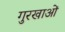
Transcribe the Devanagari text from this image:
गुरखाओं